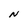
Character: N